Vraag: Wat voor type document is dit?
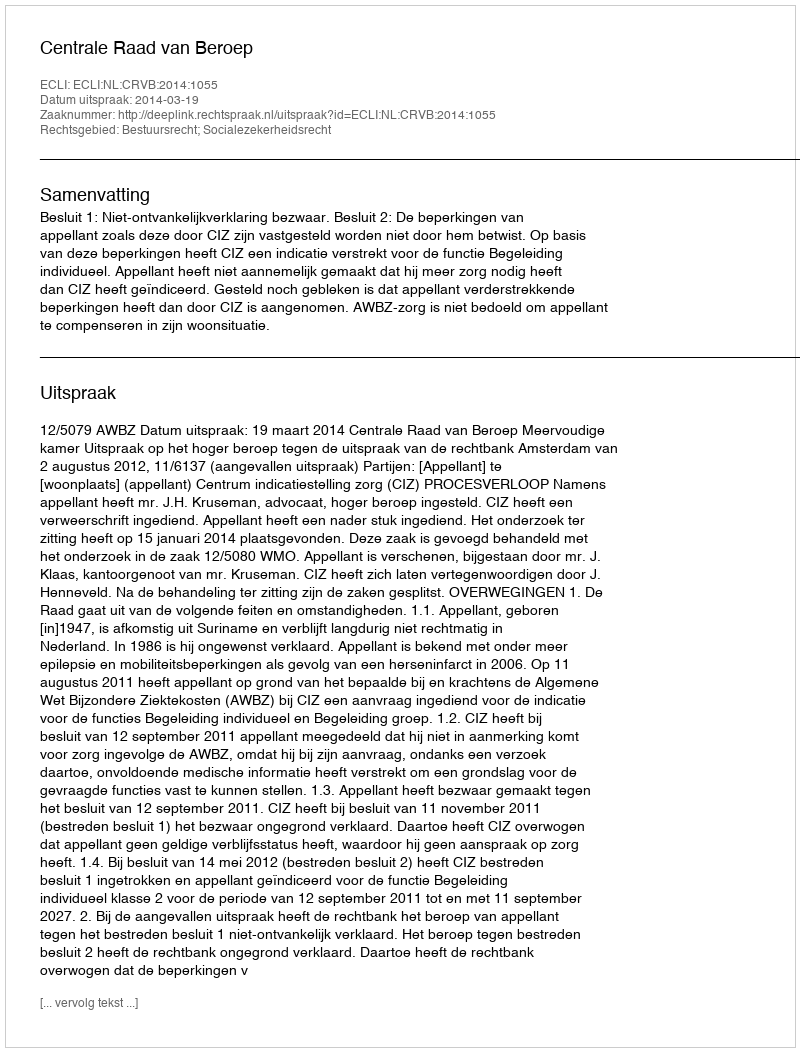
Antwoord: Uitspraak